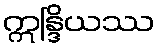
ဣန္ဒြိယဿ